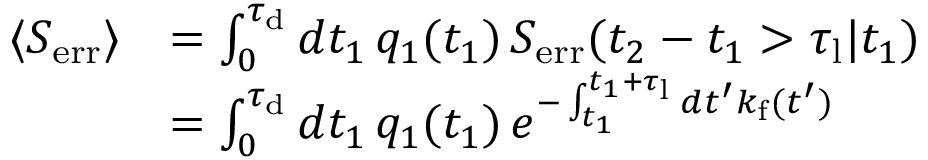
\begin{array} { r l } { \langle S _ { \mathrm { e r r } } \rangle } & { = \int _ { 0 } ^ { \tau _ { \mathrm { d } } } d t _ { 1 } \, q _ { 1 } ( t _ { 1 } ) \, S _ { \mathrm { e r r } } ( t _ { 2 } - t _ { 1 } > \tau _ { \mathrm { l } } | t _ { 1 } ) } \\ & { = \int _ { 0 } ^ { \tau _ { \mathrm { d } } } d t _ { 1 } \, q _ { 1 } ( t _ { 1 } ) \, e ^ { - \int _ { t _ { 1 } } ^ { t _ { 1 } + \tau _ { \mathrm { l } } } d t ^ { \prime } k _ { \mathrm { f } } ( t ^ { \prime } ) } } \end{array}